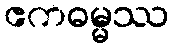
ဧကဓမ္မဿ